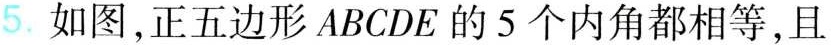
5. 如图，正五边形A B C D E的5个内角都相等，且